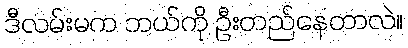
ဒီလမ်းမက ဘယ်ကို ဦးတည်နေတာလဲ။